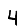
Digit: 4